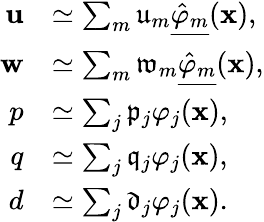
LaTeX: \begin{array}{rl}{\mathbf{u}}&{\simeq\sum_{m}\mathfrak{u}_{m}\underline{{\hat{\varphi}_{m}}}(\mathbf{x}),}\\ {\mathbf{w}}&{\simeq\sum_{m}\mathfrak{w}_{m}\underline{{\hat{\varphi}_{m}}}(\mathbf{x}),}\\ {p}&{\simeq\sum_{j}\mathfrak{p}_{j}\varphi_{j}(\mathbf{x}),}\\ {q}&{\simeq\sum_{j}\mathfrak{q}_{j}\varphi_{j}(\mathbf{x}),}\\ {d}&{\simeq\sum_{j}\mathfrak{d}_{j}\varphi_{j}(\mathbf{x}).}\end{array}